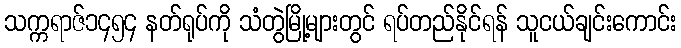
သက္ကရာဇ်၁၄၅၄ နတ်ရုပ်ကို သံတွဲမြို့များတွင် ရပ်တည်နိုင်ရန် သူငယ်ချင်းကောင်း